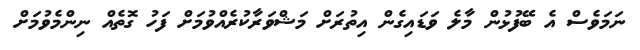
ނަމަވެސް އެ ބޭފުޅުން މާލެ ވަޑައިގެން އިތުރަށް މަޝްވަރާކުރެއްވުމަށް ފަހު ގޮތެއް ނިންމެވުމަށް